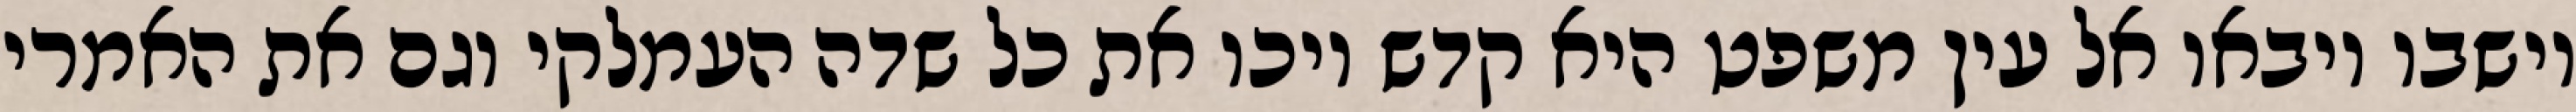
וישבו ויבאו אל עין משפט היא קדש ויכו את כל שדה העמלקי וגם את האמרי